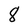
Character: 8